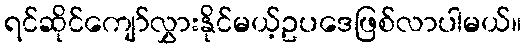
ရင်ဆိုင်ကျော်လွှားနိုင်မယ့်ဥပဒေဖြစ်လာပါမယ်။